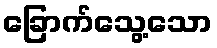
ခြောက်သွေ့သော